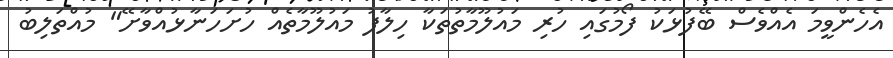
އެހެންވީމަ އެއްވެސް ބޭފުޅަކު ފޯމުގައި ހުރި މައުލޫމާތުތަކާ ހިލާފު މައުލޫމާތެއް ހުށަހަނާޅުއްވާށޭ" މުއްތަލިބު